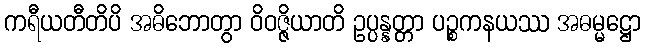
ကရီယတီတိပိ အဓိဘောတွာ ဝိဝဇ္ဇိယာတိ ဥပ္ပန္နတ္တာ ပဉ္စကနယဿ အဓမ္မဋ္ဌော